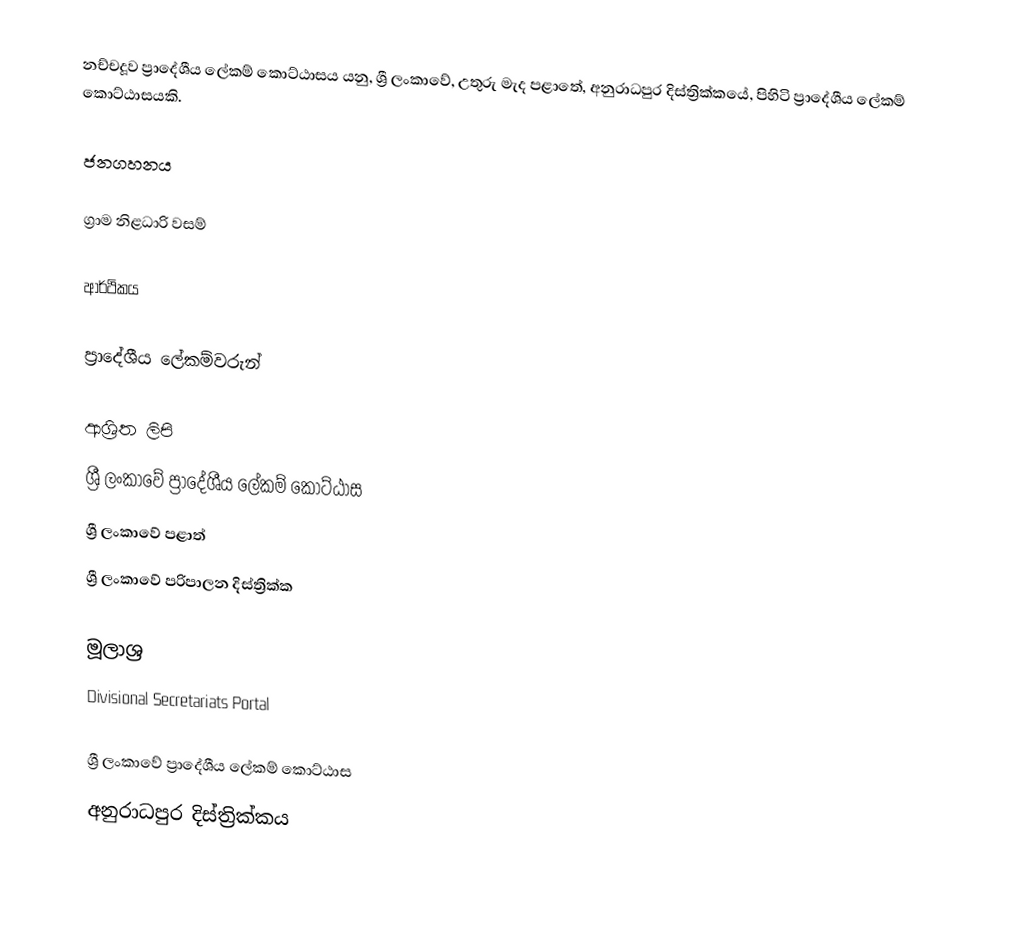
නච්චදූව ප්‍රාදේශීය ලේකම් කොට්ඨාසය යනු,  ශ්‍රී ලංකාවේ,  උතුරු මැද පළාතේ,   අනුරාධපුර දිස්ත්‍රික්කයේ, පිහිටි ප්‍රාදේශීය ලේකම් කොට්ඨාසයකි.

ජනගහනය

ග්‍රාම නිළධාරි වසම්

ආර්ථිකය

ප්‍රාදේශීය ලේකම්වරුන්

ආශ්‍රිත ලිපි
ශ්‍රී ලංකාවේ ප්‍රාදේශීය ලේකම් කොට්ඨාස
ශ්‍රී ලංකාවේ පළාත්
ශ්‍රී ලංකාවේ පරිපාලන දිස්ත්‍රික්ක

මූලාශ්‍ර
 Divisional Secretariats Portal

ශ්‍රී ලංකාවේ ප්‍රාදේශීය ලේකම් කොට්ඨාස
අනුරාධපුර දිස්ත්‍රික්කය